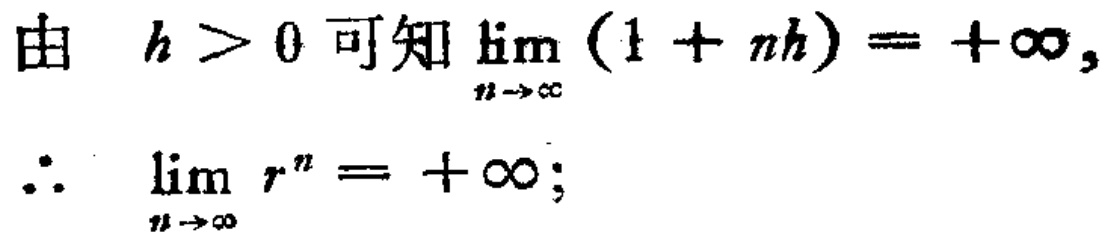
由 \(h > 0\) 可知 \(\lim_{n \to \infty} (1 + nh) = +\infty,\)
\(\therefore\) \(\lim_{n \to \infty} r^{n} = +\infty;\)